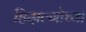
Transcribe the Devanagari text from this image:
हिदाल्गोच्या